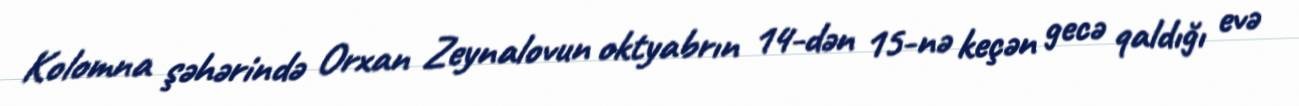
Kolomna şəhərində Orxan Zeynalovun oktyabrın 14-dən 15-nə keçən gecə qaldığı evə